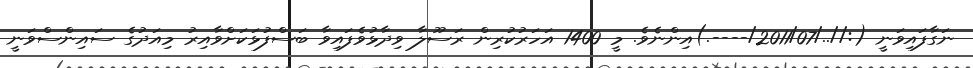
ނަގާފައިވަނީ (://../2011/07/----.)އިންނެވެ. މީ 1400 އަހަރުކުރިން ރަސޫލާ ވިދާޅުވެފައިވާ ބަސްފުޅަކަށްވާއިރު މިއަދުގެ ސައިންސްވަނީ